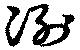
冽